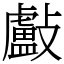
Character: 㪭